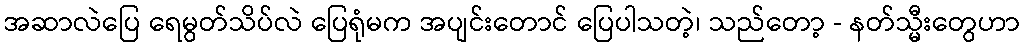
အဆာလဲပြေ ရေမွတ်သိပ်လဲ ပြေရုံမက အပျင်းတောင် ပြေပါသတဲ့၊ သည်တော့ - နတ်သ္မီးတွေဟာ